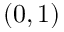
( 0 , 1 )